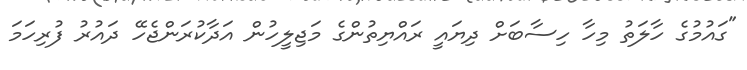
"ގައުމުގެ ހާލަތު މިހާ ހިސާބަށް ދިޔައީ ރައްޔިތުންގެ މަޖިލީހުން އަދާކުރަންޖެހޭ ދައުރު ފުރިހަމަ